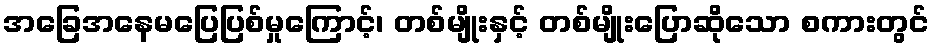
အခြေအနေမပြေပြစ်မှုကြောင့်၊ တစ်မျိုးနှင့် တစ်မျိုးပြောဆိုသော စကားတွင်